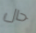
حال